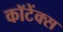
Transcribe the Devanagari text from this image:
कॉटेंक्स